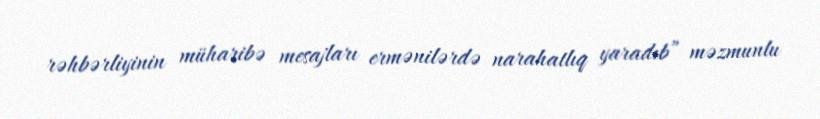
rəhbərliyinin müharibə mesajları ermənilərdə narahatlıq yaradıb” məzmunlu